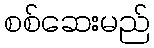
စစ်ဆေးမည်